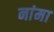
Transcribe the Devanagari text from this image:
नांमा